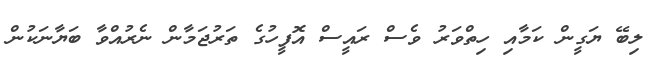
ލިބޭ ޔަގީން ކަމާއި ހިތްވަރު ވެސް ރައީސް އޮފީހުގެ ތަރުޖަމާން ނެރުއްވާ ބަޔާނަކުން